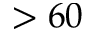
> 6 0